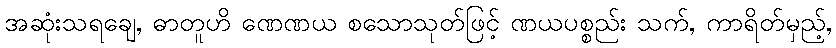
အဆုံးသရချေ, ဓာတူဟိ ဏေဏယ စသောသုတ်ဖြင့် ဏယပစ္စည်း သက်, ကာရိတ်မှည့်,